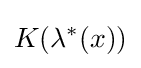
K(\lambda ^{*}(x))